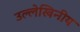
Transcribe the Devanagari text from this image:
उल्लेखिनीय